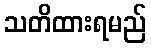
သတိထားရမည်